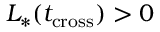
L _ { * } ( t _ { \mathrm { c r o s s } } ) > 0